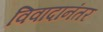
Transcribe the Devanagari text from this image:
विवादानंतर